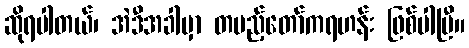
ဆိုရပါတယ်၊ အဲဒီအခါမှာ တပည့်တော်ကရဟန်း ဖြစ်ပါပြီ။